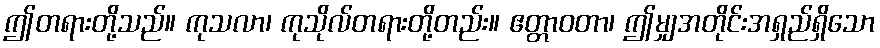
ဤတရားတို့သည်။ ကုသလာ၊ ကုသိုလ်တရားတို့တည်း။ ဧတ္တာဝတာ၊ ဤမျှအတိုင်းအရှည်ရှိသော